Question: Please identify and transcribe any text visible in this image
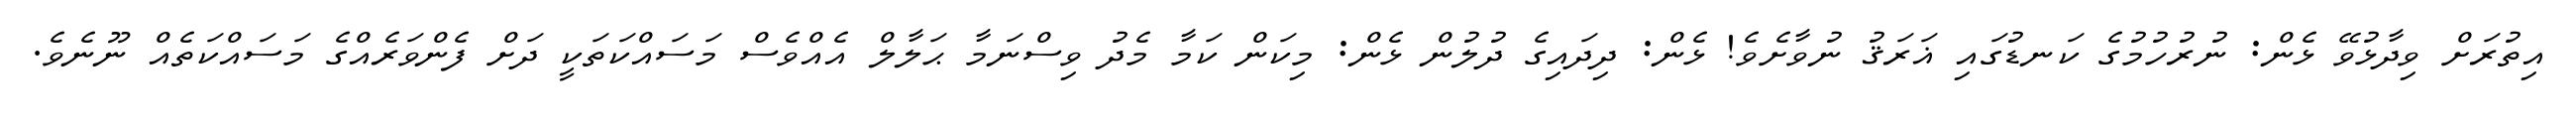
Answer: އިތުރަށް ވިދާޅުވޭ ޅެން: ނުރުހުމުގެ ކަނޑުގައި ޣަރަޤު ނުވާށެވެ! ޅެން: ދިދައިގެ ދުލުން ޅެން: މިކަން ކަމާ މެދު ވިސްނަމާ ޙަލާލް އެއްވެސް މަސައްކަތަކީ ދަށް ފެންވަރެއްގެ މަސައްކަތެއް ނޫނެވެ.